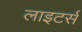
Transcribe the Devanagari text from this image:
लाइटर्स